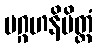
ပဂ္ဂဟနိမိတ္တံ